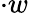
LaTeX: \cdot w